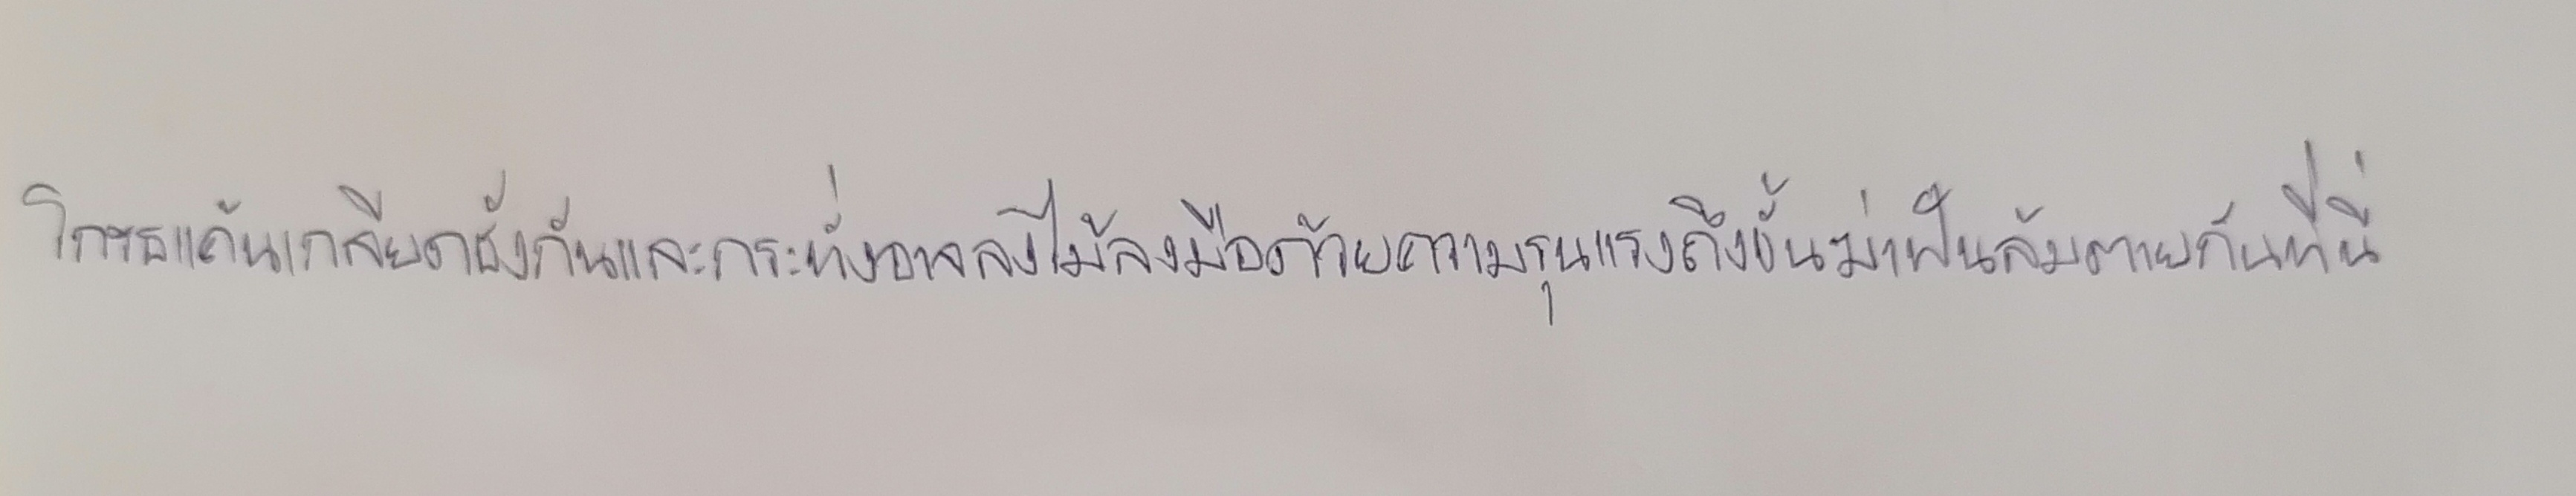
โกรธแค้นเกลียดชังกันและกระทั่งอาจลงไม้ลงมือด้วยความรุนแรงถึงขั้นฆ่าฟันล้มตายกันที่นี่